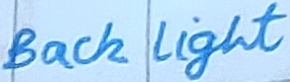
Text: Back Light